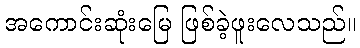
အကောင်းဆုံးမြေ ဖြစ်ခဲ့ဖူးလေသည်။